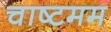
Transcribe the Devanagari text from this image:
चाष्टमम